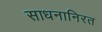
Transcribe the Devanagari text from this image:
साधनानिरत